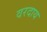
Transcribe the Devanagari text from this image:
वरदाय